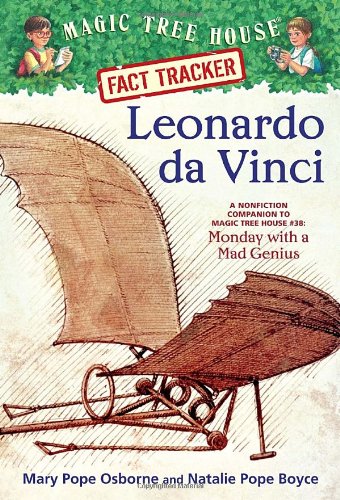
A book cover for Magic Tree House Fact Tracker #19: Leonardo da Vinci: A Nonfiction Companion to Magic Tree House #38: Monday with a Mad Genius; Mary Pope Osborne; Children's Books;